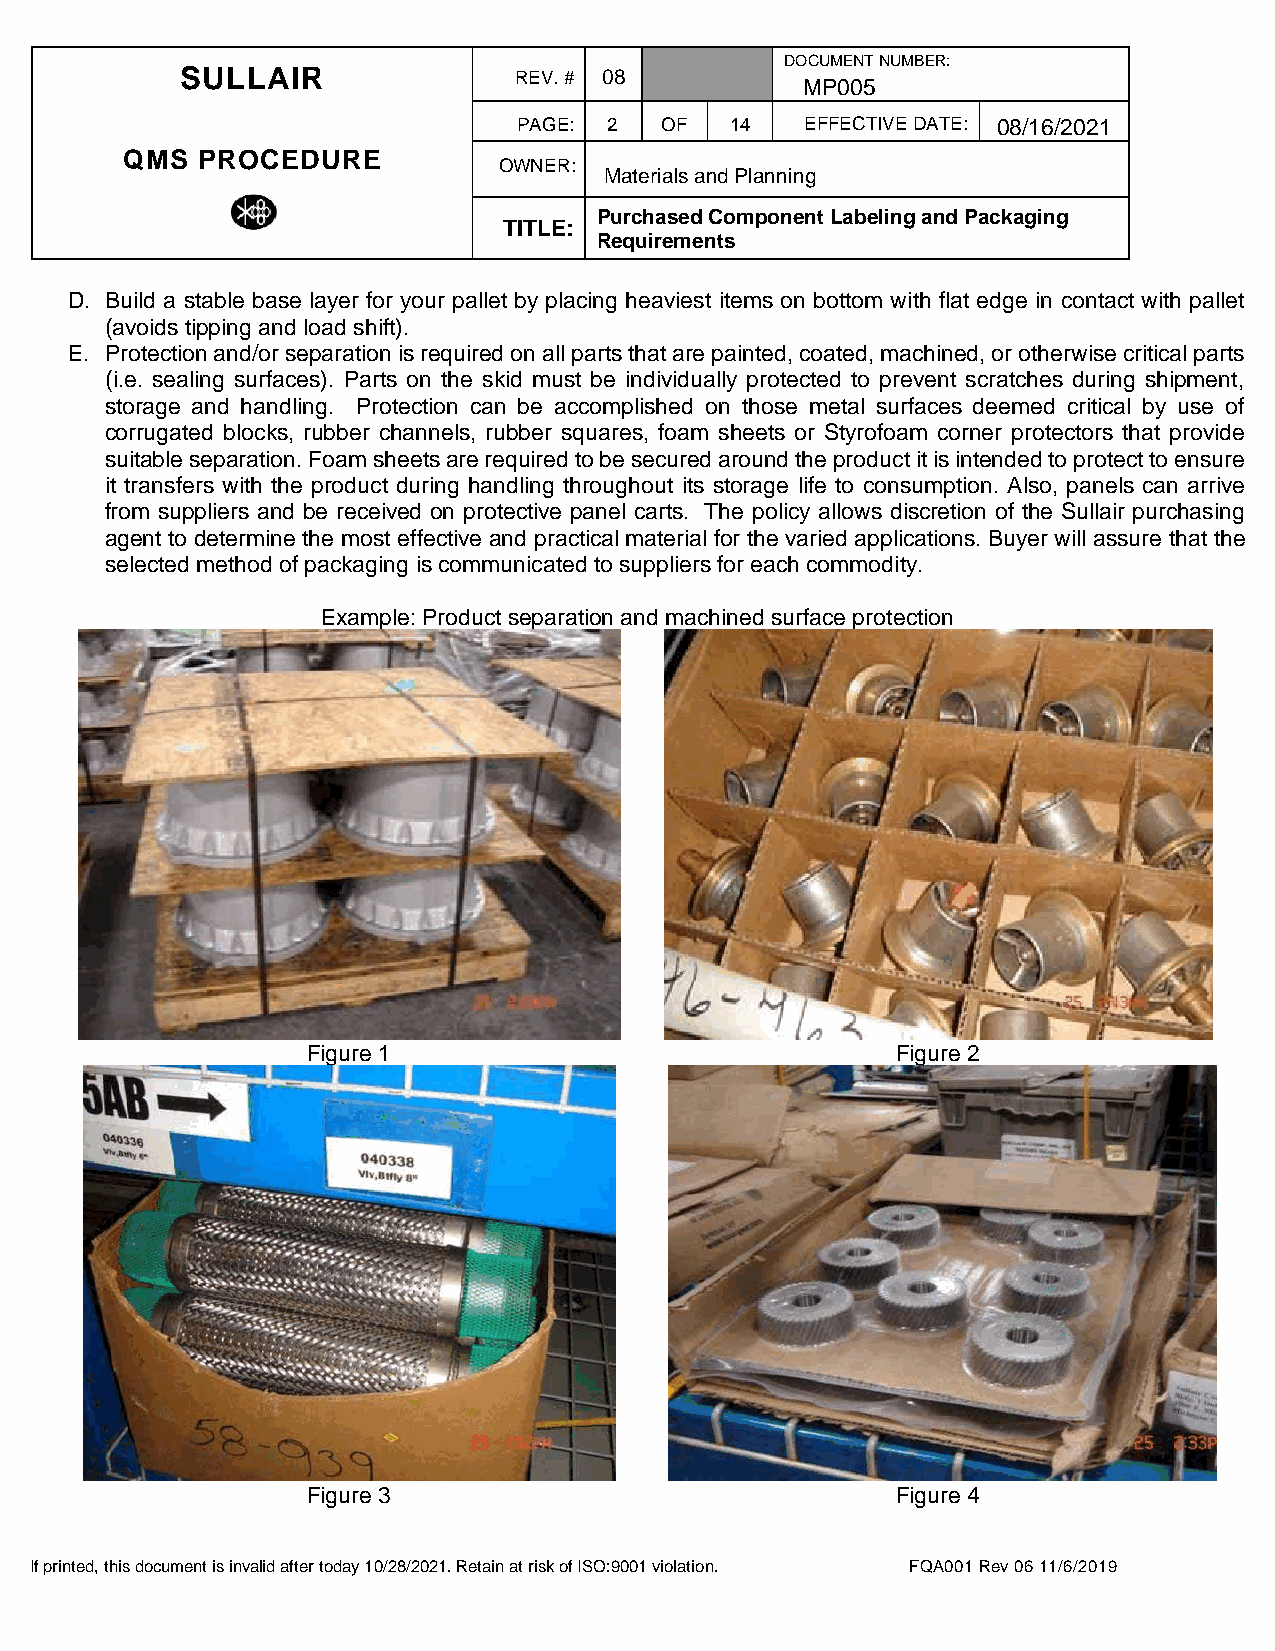
DOCUMENT NUMBER:
 SULLAIR               REV. # 08
 MP005
 PAGE: 2   OF  14   EFFECTIVE DATE: 08/16/2021
 QMS  PROCEDURE
 OWNER:
 Materials and Planning
 Purchased Component Labeling and Packaging
 TITLE:
 Requirements
 D. Build a stable base layer for your pallet by placing heaviest items on bottom with flat edge in contact with pallet
 (avoids tipping and load shift).
 E. Protection and/or separation is required on all parts that are painted, coated, machined, or otherwise critical parts
 (i.e. sealing surfaces). Parts on the skid must be individually protected to prevent scratches during shipment,
 storage and handling. Protection can be accomplished on those metal surfaces deemed critical by use of
 corrugated blocks, rubber channels, rubber squares, foam sheets or Styrofoam corner protectors that provide
 suitable separation. Foam sheets are required to be secured around the product it is intended to protect to ensure
 it transfers with the product during handling throughout its storage life to consumption. Also, panels can arrive
 from suppliers and be received on protective panel carts. The policy allows discretion of the Sullair purchasing
 agent to determine the most effective and practical material for the varied applications. Buyer will assure that the
 selected method of packaging is communicated to suppliers for each commodity.
 Example: Product separation and machined surface protection
 Figure 1                               Figure 2
 Figure 3                               Figure 4
 If printed, this document is invalid after today 10/28/2021. Retain at risk of ISO:9001 violation. FQA001 Rev 06 11/6/2019